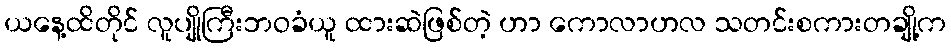
ယနေ့ထိတိုင် လူပျိုကြီးဘဝခံယူ ထားဆဲဖြစ်တဲ့ ဟာ ကောလာဟလ သတင်းစကားတချို့က